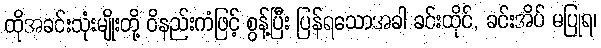
ထိုအခင်းသုံးမျိုးတို့ ဝိနည်းကံဖြင့် စွန့်ပြီး ပြန်ရသောအခါ ခင်းထိုင်, ခင်းအိပ် မပြုရ၊